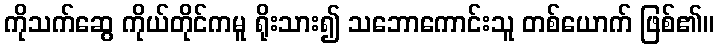
ကိုသက်ဆွေ ကိုယ်တိုင်ကမူ ရိုးသား၍ သဘောကောင်းသူ တစ်ယောက် ဖြစ်၏။